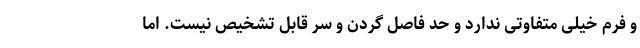
و فرم خیلی متفاوتی ندارد و حد فاصل گردن و سر قابل تشخیص نیست. اما